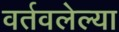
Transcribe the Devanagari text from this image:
वर्तवलेल्या